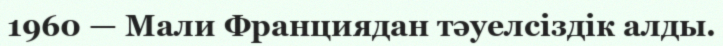
1960 — Мали Франциядан тәуелсіздік алды.